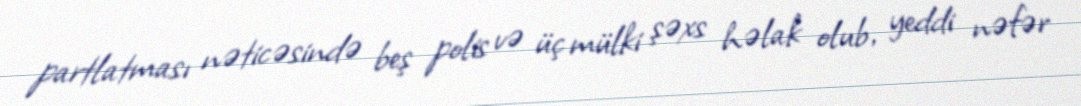
partlatması nəticəsində beş polis və üç mülki şəxs həlak olub, yeddi nəfər